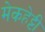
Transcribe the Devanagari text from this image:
मेकहेट्टी